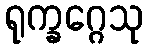
ရုက္ခဂ္ဂေသု